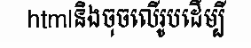
htmlនិងចុចលើរូបដើម្បី